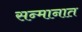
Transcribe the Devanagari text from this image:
सन्मानात